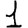
Digit: 1